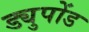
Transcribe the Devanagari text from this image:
ड्युपोंड